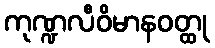
ကုဏ္ဍလီဝိမာနဝတ္ထု